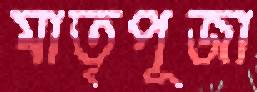
মাতৃপূজা